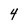
Character: 4